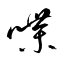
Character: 喋